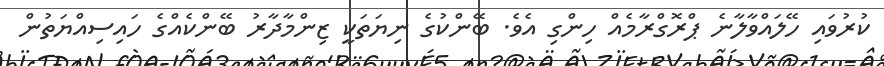
ކުރުވައި ހޭލައްވާލާނެ ޕްރޮގްރާމެއް ހިންގި އެވެ. ބޭންކުގެ ނިޔަތަކީ ޒިންމާދާރު ބޭންކެއްގެ ހައިސިއްޔަތުން